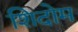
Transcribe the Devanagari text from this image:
शिदोम